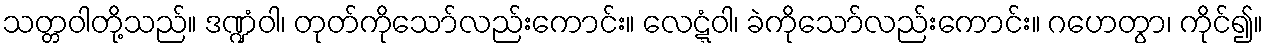
သတ္တဝါတို့သည်။ ဒဏ္ဍံဝါ၊ တုတ်ကိုသော်လည်းကောင်း။ လေဋ္ဋံဝါ၊ ခဲကိုသော်လည်းကောင်း။ ဂဟေတွာ၊ ကိုင်၍။